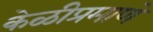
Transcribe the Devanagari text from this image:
केळीप्रमाणे